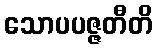
သောပပဇ္ဇတီတိ